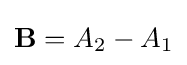
{\mathbf {B} =A_{2}-A_{1}}